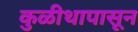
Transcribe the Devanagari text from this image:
कुळीथापासून